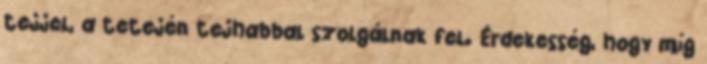
tejjel, a tetején tejhabbal szolgálnak fel. Érdekesség, hogy míg